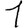
Digit: 1